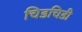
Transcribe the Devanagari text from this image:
चिडचिडी